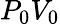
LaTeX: P_{0}V_{0}